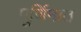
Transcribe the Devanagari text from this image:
पूर्णिमात